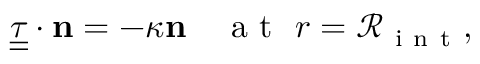
\underline { { \underline { { { \tau } } } } } \cdot { { \bf n } } = - \kappa { { \bf n } } \quad \mathrm { ~ a ~ t ~ } \ r = \mathcal { R } _ { \mathrm { ~ i ~ n ~ t ~ } } ,